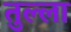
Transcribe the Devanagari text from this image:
तुल्ला